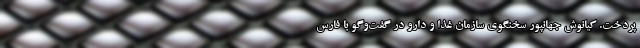
پردخت. کیانوش جهانپور سخنگوی سازمان غذا‌ و دارو در گفت‌وگو با فارس